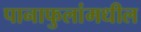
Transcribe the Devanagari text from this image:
पानाफुलांमधील